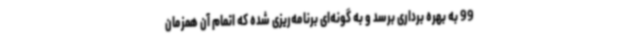
99 به بهره برداری برسد و به گونه‌ای برنامه‌ریزی شده که اتمام آن همزمان